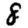
Digit: 8